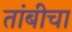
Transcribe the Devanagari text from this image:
तांबीचा